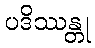
ပဒိဿန္တု